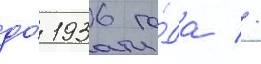
до́ 1936 го́да //